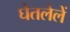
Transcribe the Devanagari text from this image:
घेतलेलें